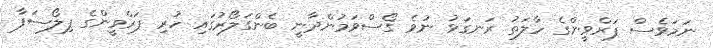
ނަމަވެސް ޕަރްވީންގެ ހާލަތު ރަނގަޅު ނުވެ ގޯސްވަމުންދާނީ ބެންގަލޯރުގައި ހުރި ޕަރްވީންގެ ފިލޯސަފާ